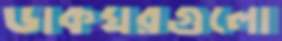
ডাকঘরগুলো